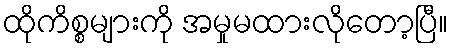
ထိုကိစ္စများကို အမှုမထားလိုတော့ပြီ။